Civil Veterinary Dept. North-West Frontier Province 1901-22 - 1901-1922
Year: 1901
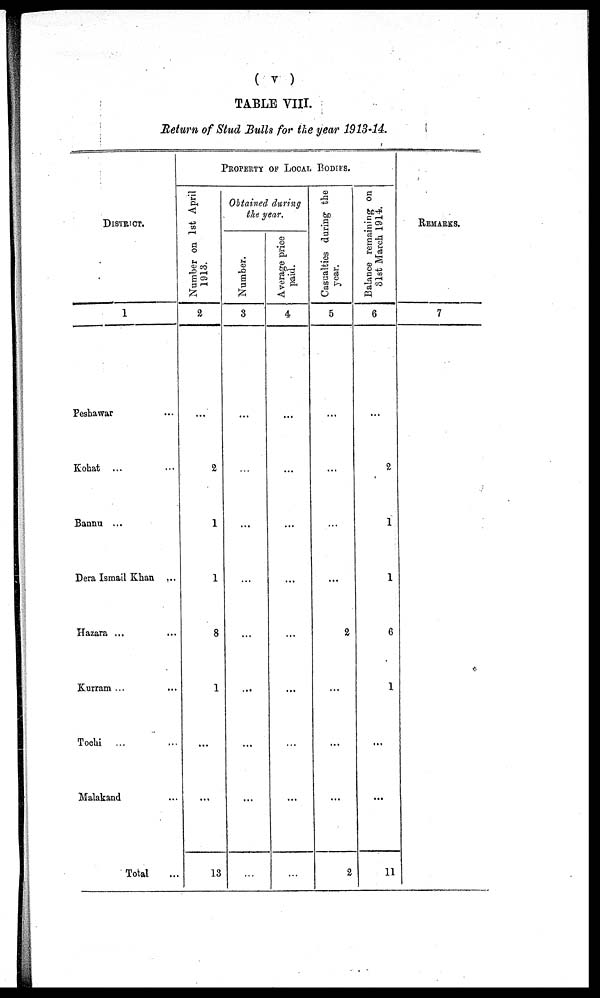
( v )
TABLE VIII.
Return of Stud Bulls for the year 1913-14.
DISTRICT.
1
Peshawar ...
Kohat ... ...
Bannu ...
Dera Ismail Khan ...
Hazara ... ...
Kurram ... ...
Tochi ... ...
Malakand ...
Total
PROPERTY OF LOCAL BODIES.
Number on 1st April
1913.
2
...
2
1
1
8
1
...
...
13
Obtained during
the year.
Number.
3
...
...
...
...
...
...
...
...
...
Average price
paid.
4
...
...
...
...
...
...
...
...
...
Casualties during the
year.
5
...
...
...
...
2
...
...
...
2
Balance remaining on
31st March 1914.
6
...
2
1
1
6
1
...
...
11
REMARKS.
7